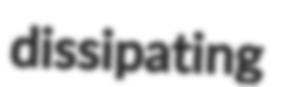
dissipating